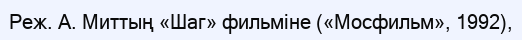
Реж. А. Миттың «Шаг» фильміне («Мосфильм», 1992),